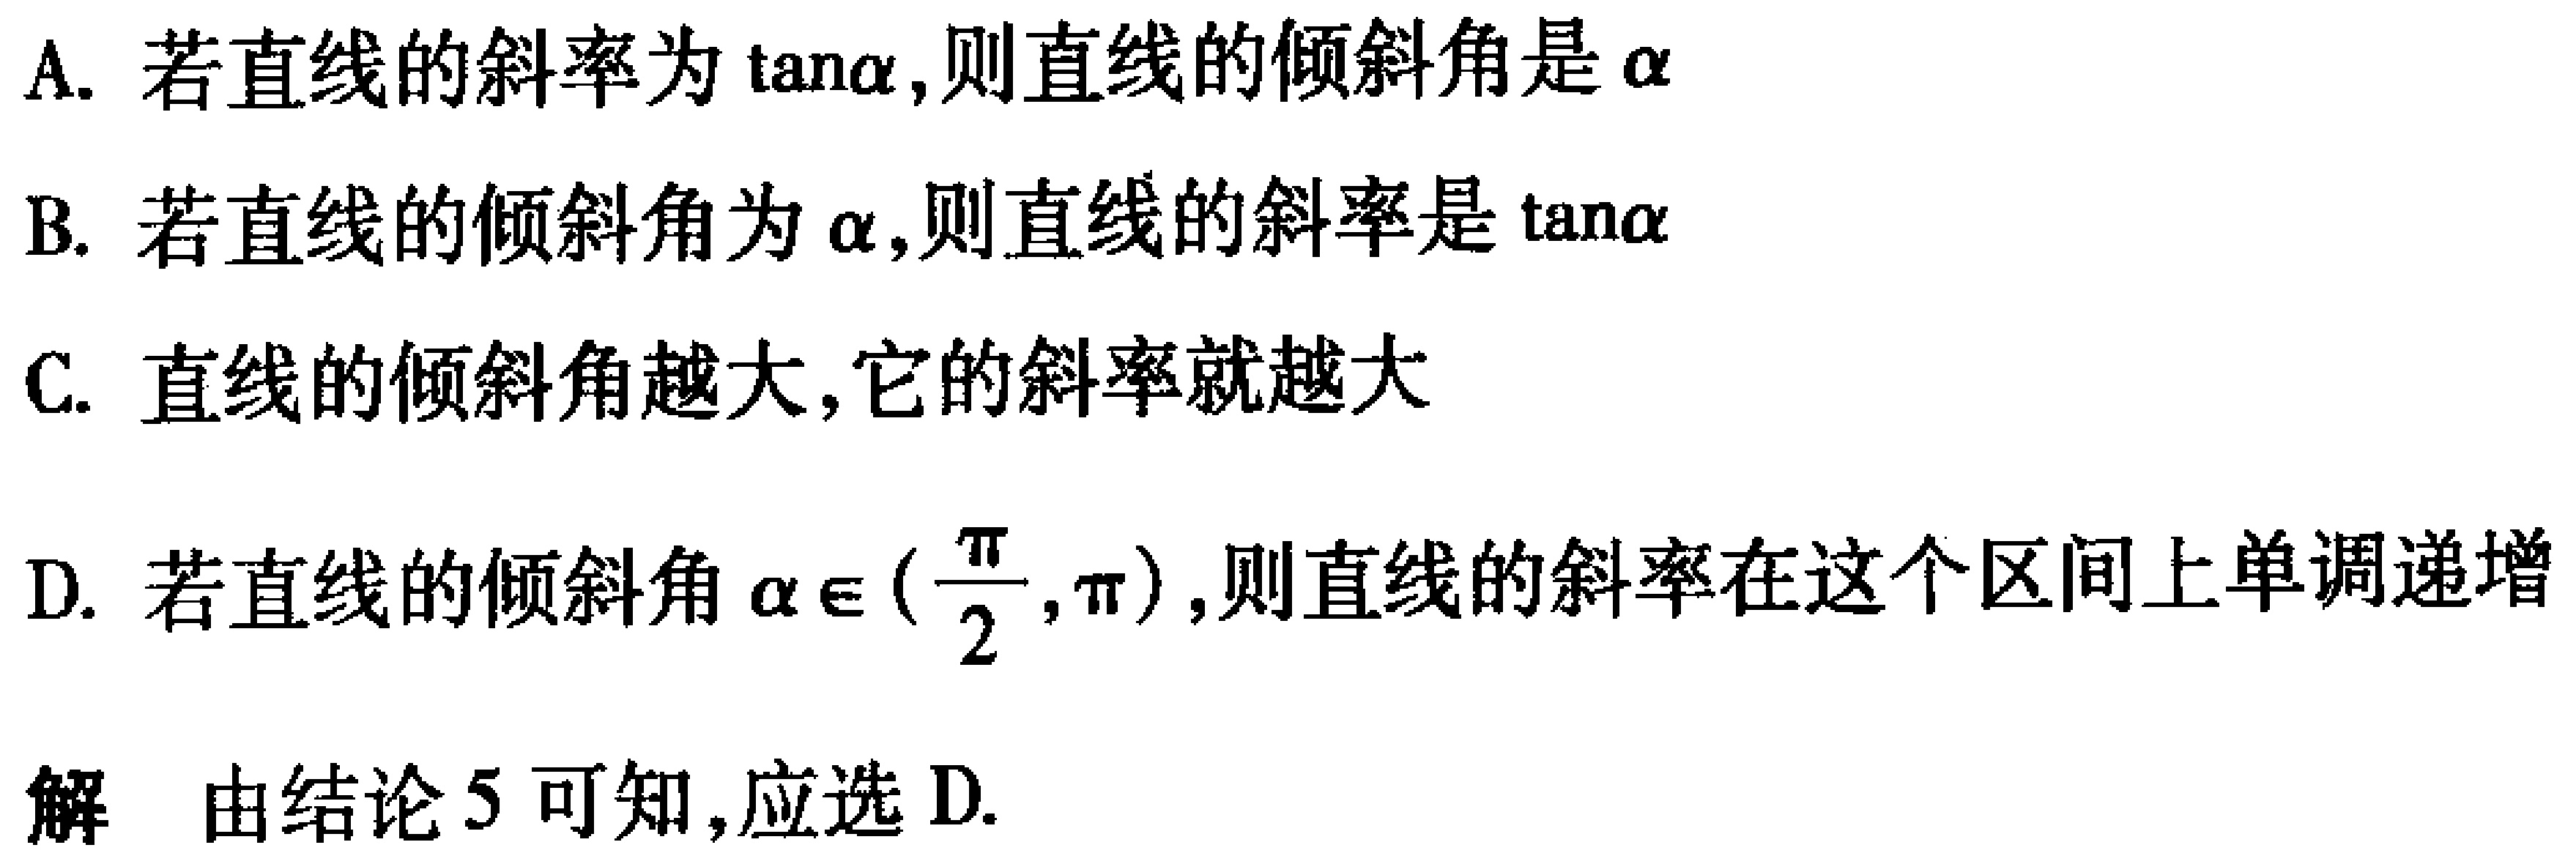
A. 若直线的斜率为\(\tan\alpha\)，则直线的倾斜角是\(\alpha\)
B. 若直线的倾斜角为\(\alpha\)，则直线的斜率是\(\tan\alpha\)
C. 直线的倾斜角越大，它的斜率就越大
D. 若直线的倾斜角\(\alpha\in(\frac{\pi}{2},\pi)\)，则直线的斜率在这个区间上单调递增
解 由结论5可知，应选D.